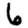
Digit: 6